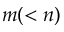
m ( < n )